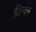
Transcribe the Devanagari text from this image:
जिन्क्स